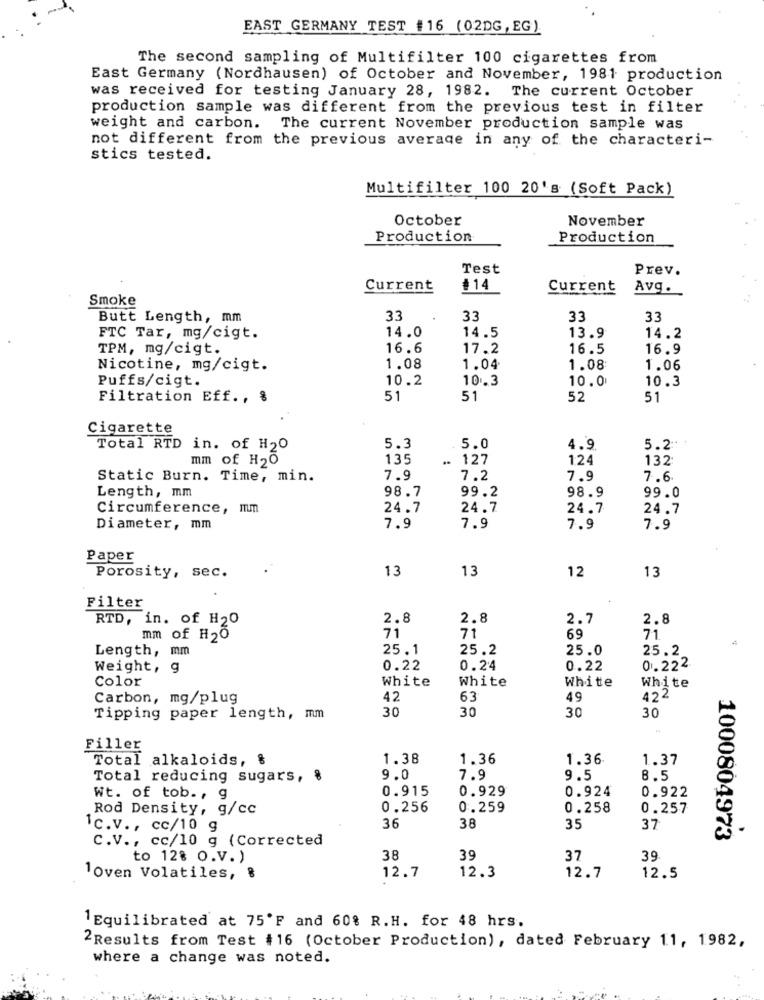
EAST GERMANY TEST #16 (02DG, EG)
The second sampling of Multifilter 100 cigarettes from
East Germany (Nordhausen) of October and November, 1981 production
was received for testing January 28, 1982. The current October
production sample was different from the previous test in filter
weight and carbon. The current November production sample was
not different from the previous average in any of the characteri-
stics tested.
Multifilter 100 20's (Soft Pack)
October
November
Production
Production
Test
Prev.
Current
#14
Current
Avg.
Smoke
Butt Length, mm
33
33
33
33
14.0
14.5
FTC Tar, mg/cigt.
13.9
14.2
TPM, mg/cigt.
16.6
17.2
16.5
16.9
Nicotine, mg/cigt.
1.08
1.04
1.08
1.06
Puffs/cigt.
10.2
10.3
10.0
10.3
Filtration Eff ., %
51
51
52
51
Cigarette
Total RTD in. of H20
5.3
5.0
4.9.
5.2
mm of H20
135
..
. 127
124
132
Static Burn. Time, min.
7.9
7.2
7.9
7.6
99.2
98.9
Length, mm
98.7
99.0
Circumference, mm
24.7
24.7
24.7
24.7
Diameter, mm
7.9
7.9
7.9
7.9
Paper
Porosity, sec.
13
13
12
13
Filter
RTD, in. of H20
2.8
2.8
2.7
2.8
mm of H20
71
71
69
71
Length, mm
25.1
25.2
25.0
25.2
Weight, g
0.22
0.24
0.22
0.222
Color
White
White
White
White
Carbon, mg/plug
42
63
49
422
30
30
30
Tipping paper length, mm
30
Filler
Total alkaloids, &
1.38
1.36
1.36
1.37
Total reducing sugars, %
9.0
7.9
9.5
8.5
0.915
0.929
0.924
0.922
Wt. of tob ., g
Rod Density, g/cc
0.256
0.259
0.258
0.257
1c.v ., cc/10 g
36
38
35
37
C.V ., cc/10 g (Corrected
1000804973
to 128 O.V. )
38
39
37
39
12.3
12.7
loven Volatiles, &
12.7
12.5
1 Equilibrated at 75'F and 60% R.H. for 48 hrs.
2Results from Test #16 (October Production), dated February 11, 1982,
where a change was noted.